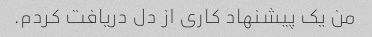
من یک پیشنهاد کاری از دل دریافت کردم.